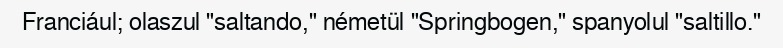
Franciául; olaszul "saltando," németül "Springbogen," spanyolul "saltillo."